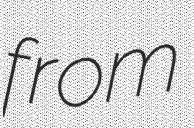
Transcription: from